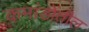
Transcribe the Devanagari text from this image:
कमांडोंतील